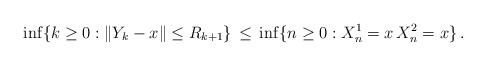
LaTeX: \begin{align*}\inf \{ k \geq 0 : \|Y_k - x\| \leq R_{k+1} \}\, \leq \,\inf \{ n \geq 0 : X^{1}_{n} = x\, X^{2}_{n} = x \} \, .\end{align*}